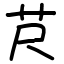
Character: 𦬨